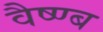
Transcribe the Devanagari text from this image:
वैष्ण्ब